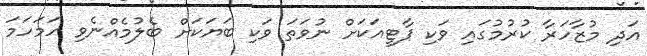
އަދި މުޒާހަރާ ކުރުމުގައި ވަކި ޕާޓީއަކަށް ނުވަތަ ވަކި ބަޔަކަށް ބެލުމެއްނެވި ހަމަހަމަ